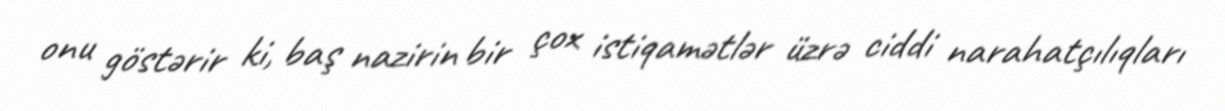
onu göstərir ki, baş nazirin bir çox istiqamətlər üzrə ciddi narahatçılıqları